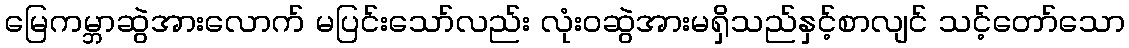
မြေကမ္ဘာဆွဲအားလောက် မပြင်းသော်လည်း လုံးဝဆွဲအားမရှိသည်နှင့်စာလျင် သင့်တော်သော